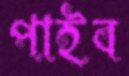
পাইব